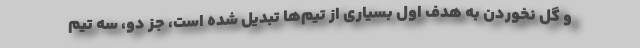
و گل نخوردن به هدف اول بسیاری از تیم‌ها تبدیل شده است، جز دو، سه تیم